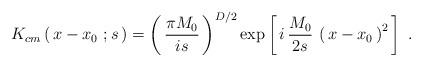
LaTeX: \begin{align*}K_{cm}\left(\, x - x _0\ ; s\,\right)= \left(\,{\pi M_0\over is}\,\right)^{D/2} \exp \left[\, i\, {M_0\over 2s}\, \left(\, x-x_0\,\right)^2\,\right]\ .\end{align*}